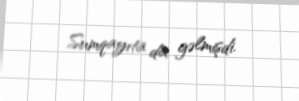
Sumqayıta da gəlmişdi.